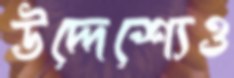
উদ্দেশ্যেও